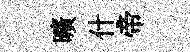
曠什帝